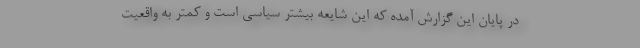
در پایان این گزارش آمده که این شایعه بیشتر سیاسی است و کمتر به واقعیت